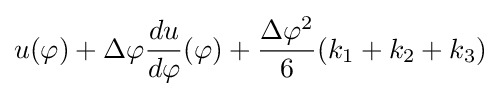
u(\varphi )+\Delta \varphi {du \over d\varphi }(\varphi )+{\frac {\Delta \varphi ^{2}}{6}}(k_{1}+k_{2}+k_{3})